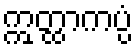
ဣတ္ထာကပ္ပံ